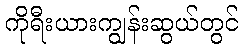
ကိုရီးယားကျွန်းဆွယ်တွင်